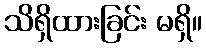
သိရှိထားခြင်း မရှိ။